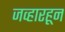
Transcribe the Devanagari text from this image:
जव्हारहून